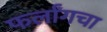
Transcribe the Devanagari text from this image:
फर्लाँगचा